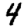
Digit: 4